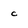
Character: c